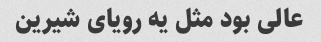
عالی بود مثل یه رویای شیرین